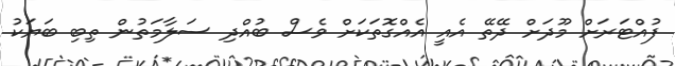
ފުއްޓަރަށް މޫދަށް ދޭތޭ އެއީ އެއްގޮތަކަށް ވެސް ބުއްދި ސަލާމަތުން ތިބި ބަޔަކު